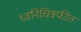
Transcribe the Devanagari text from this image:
ध्वनिचित्रफीत